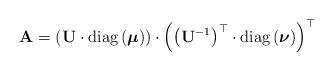
LaTeX: \begin{align*}\mathbf{A}=\left(\mathbf{U}\cdot\mbox{diag}\left(\boldsymbol{\mu}\right)\right)\cdot\left(\left(\mathbf{U}^{-1}\right)^{\top}\cdot\mbox{diag}\left(\boldsymbol{\nu}\right)\right)^{\top}\end{align*}